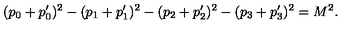
( p _ { 0 } + p _ { 0 } ^ { \prime } ) ^ { 2 } - ( p _ { 1 } + p _ { 1 } ^ { \prime } ) ^ { 2 } - ( p _ { 2 } + p _ { 2 } ^ { \prime } ) ^ { 2 } - ( p _ { 3 } + p _ { 3 } ^ { \prime } ) ^ { 2 } = M ^ { 2 } .